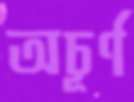
অচূর্ণ